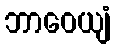
ဘာဝေယျံ